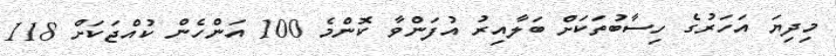
މިދިޔަ އަހަރުގެ ހިސާބުތަކަށް ބަލާއިރު އުފަންވާ ކޮންމެ 100 އަންހެން ކުއްޖަކަށް 118